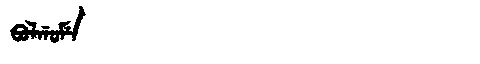
Manchu: ᠪᠣᠯᡤᠣᠮᡝ
Romanization: BOLGOME